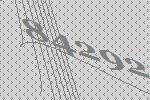
84292